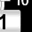
Digit: 1